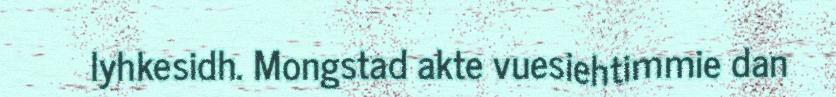
lyhkesidh. Mongstad akte vuesiehtimmie dan